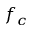
f _ { c }